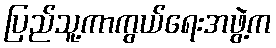
ပြည်သူ့ကာကွယ်ရေးအဖွဲ့က